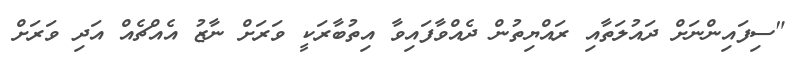
"ސިފައިންނަށް ދައުލަތާއި ރައްޔިތުން ދެއްވާފައިވާ އިތުބާރަކީ ވަރަށް ނާޒު އެއްޗެއް އަދި ވަަރަށް